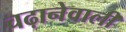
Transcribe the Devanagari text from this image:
चढ़ानेवाली